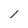
Character: 1